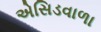
એસિડવાળા